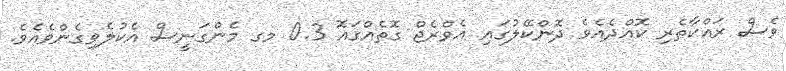
ވެސް ރައްކާތެރި ކޮއްދެއެވެ ދޮންކޭލުގައި އެވްރެޖް ގޮތެއްގައޮ 0.3 މގ މެންގަނީސް އެކުލެވިގެންވެއެވެ.